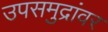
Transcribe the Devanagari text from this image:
उपसमुद्रांवर